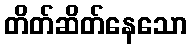
တိတ်ဆိတ်နေသော